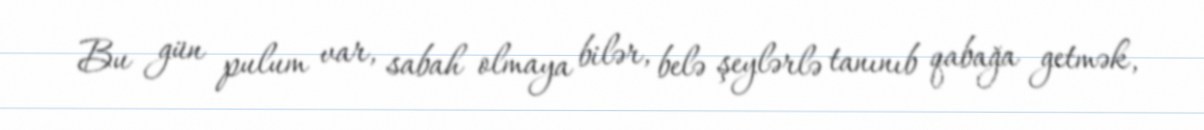
Bu gün pulum var, sabah olmaya bilər, belə şeylərlə tanınıb qabağa getmək,